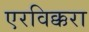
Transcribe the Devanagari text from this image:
एरविक्करा